Annual report on the working of the lock hospitals in the North-Western Provinces and Oudh
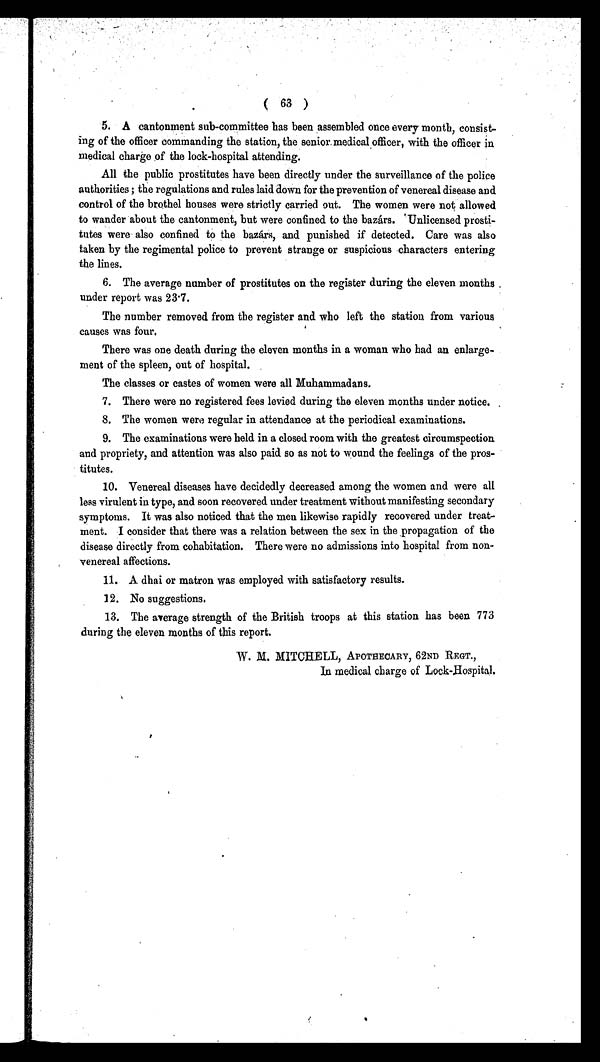
( 63 )
5. A cantonment sub-committee has been assembled once every month, consist-
ing of the officer commanding the station, the senior medical officer,with the officer in
medical charge of the lock-hospital attending.
All the public prostitutes have been directly under the surveillance of the police
authorities ;the regulations and rules laid down for the prevention of venereal disease and
control of the brothel houses were strictly carried out. The women were not allowed
to wander about the cantonment, but were confined to the bazárs. ' Unlicensed prosti-
tutes were- also confined to the bazars, and punished if detected. Care was also
taken by the regimental police to prevent strange or suspicious characters entering
the lines.
6. The average number of prostitutes on the register during the eleven months
under report was 23.7.
The number removed from the register and who left the station from various
causes was four.
There was one death during the eleven months in a woman who had an enlarge-
ment of the spleen, out of hospital.
The classes or castes of women were all Muhammadans.
7. There were no registered fees levied during the eleven months under notice.
8. The women were regular in attendance at the periodical examinations.
9. The examinations were held in a closed room with the greatest circumspection
and propriety, and attention was also paid so as not to wound the feelings of the pros-
titutes.
10. Venereal diseases have decidedly decreased among the women and were all
less virulent in type, and soon recovered under treatment without manifesting secondary
symptoms. It was also noticed that the men likewise rapidly recovered under treat-
ment. I consider that there was a relation between the sex in the propagation of the
disease directly from cohabitation. There were no admissions into hospital from non-
venereal affections.
11. A dhai or matron was employed with satisfactory results.
12. No suggestions.
13. The average strength of the British troops at this station has been 773
during the eleven months of this report.
W. M. MITCHELL, APOTHECARY, 62ND REGT.,
In medical charge of Lock-hospital.